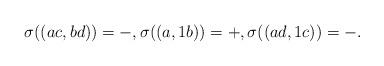
LaTeX: \begin{align*}\sigma((ac,bd))=-,\sigma((a,1b))=+,\sigma((ad,1c))=-.\end{align*}